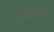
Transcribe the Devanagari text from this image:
मुँड़ाकर